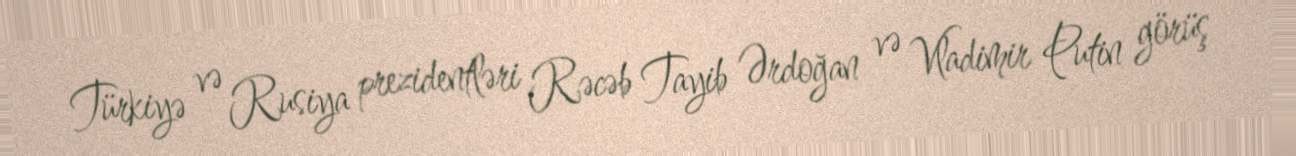
Türkiyə və Rusiya prezidentləri Rəcəb Tayib Ərdoğan və Vladimir Putin görüş